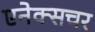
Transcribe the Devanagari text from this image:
एनेक्सचर